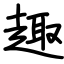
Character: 趣